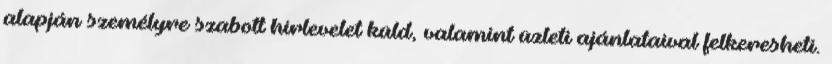
alapján személyre szabott hírlevelet küld, valamint üzleti ajánlataival felkeresheti.